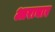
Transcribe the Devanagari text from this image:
आराचार